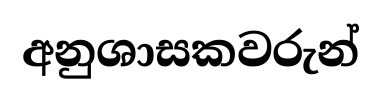
අනුශාසකවරුන්